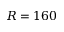
R = 1 6 0